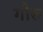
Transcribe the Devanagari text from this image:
गौरु